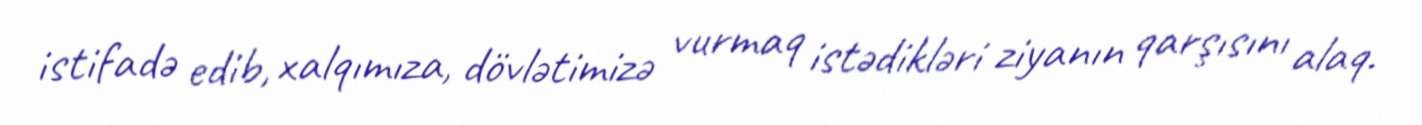
istifadə edib, xalqımıza, dövlətimizə vurmaq istədikləri ziyanın qarşısını alaq.